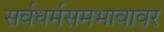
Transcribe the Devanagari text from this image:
सर्वधर्मसमभावावर